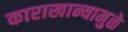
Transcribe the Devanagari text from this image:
काराखान्यामुळे